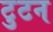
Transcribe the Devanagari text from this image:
टुटन